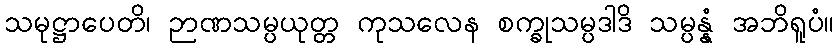
သမုဋ္ဌာပေတိ၊ ဉာဏသမ္ပယုတ္တ ကုသလေန စက္ခုသမ္ပဒါဒိ သမ္ပန္နံ အဘိရူပံ။